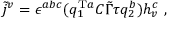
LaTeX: \tilde { j } ^ { v } = \epsilon ^ { a b c } ( q _ { 1 } ^ { \mathrm { T } a } C \tilde { \Gamma } \tau q _ { 2 } ^ { b } ) h _ { v } ^ { c } ~ ,